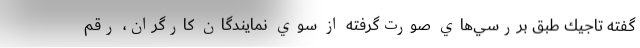
گفته تاجيك طبق بررسي‌هاي صورت‌گرفته از سوي نمايندگان كارگران، رقم